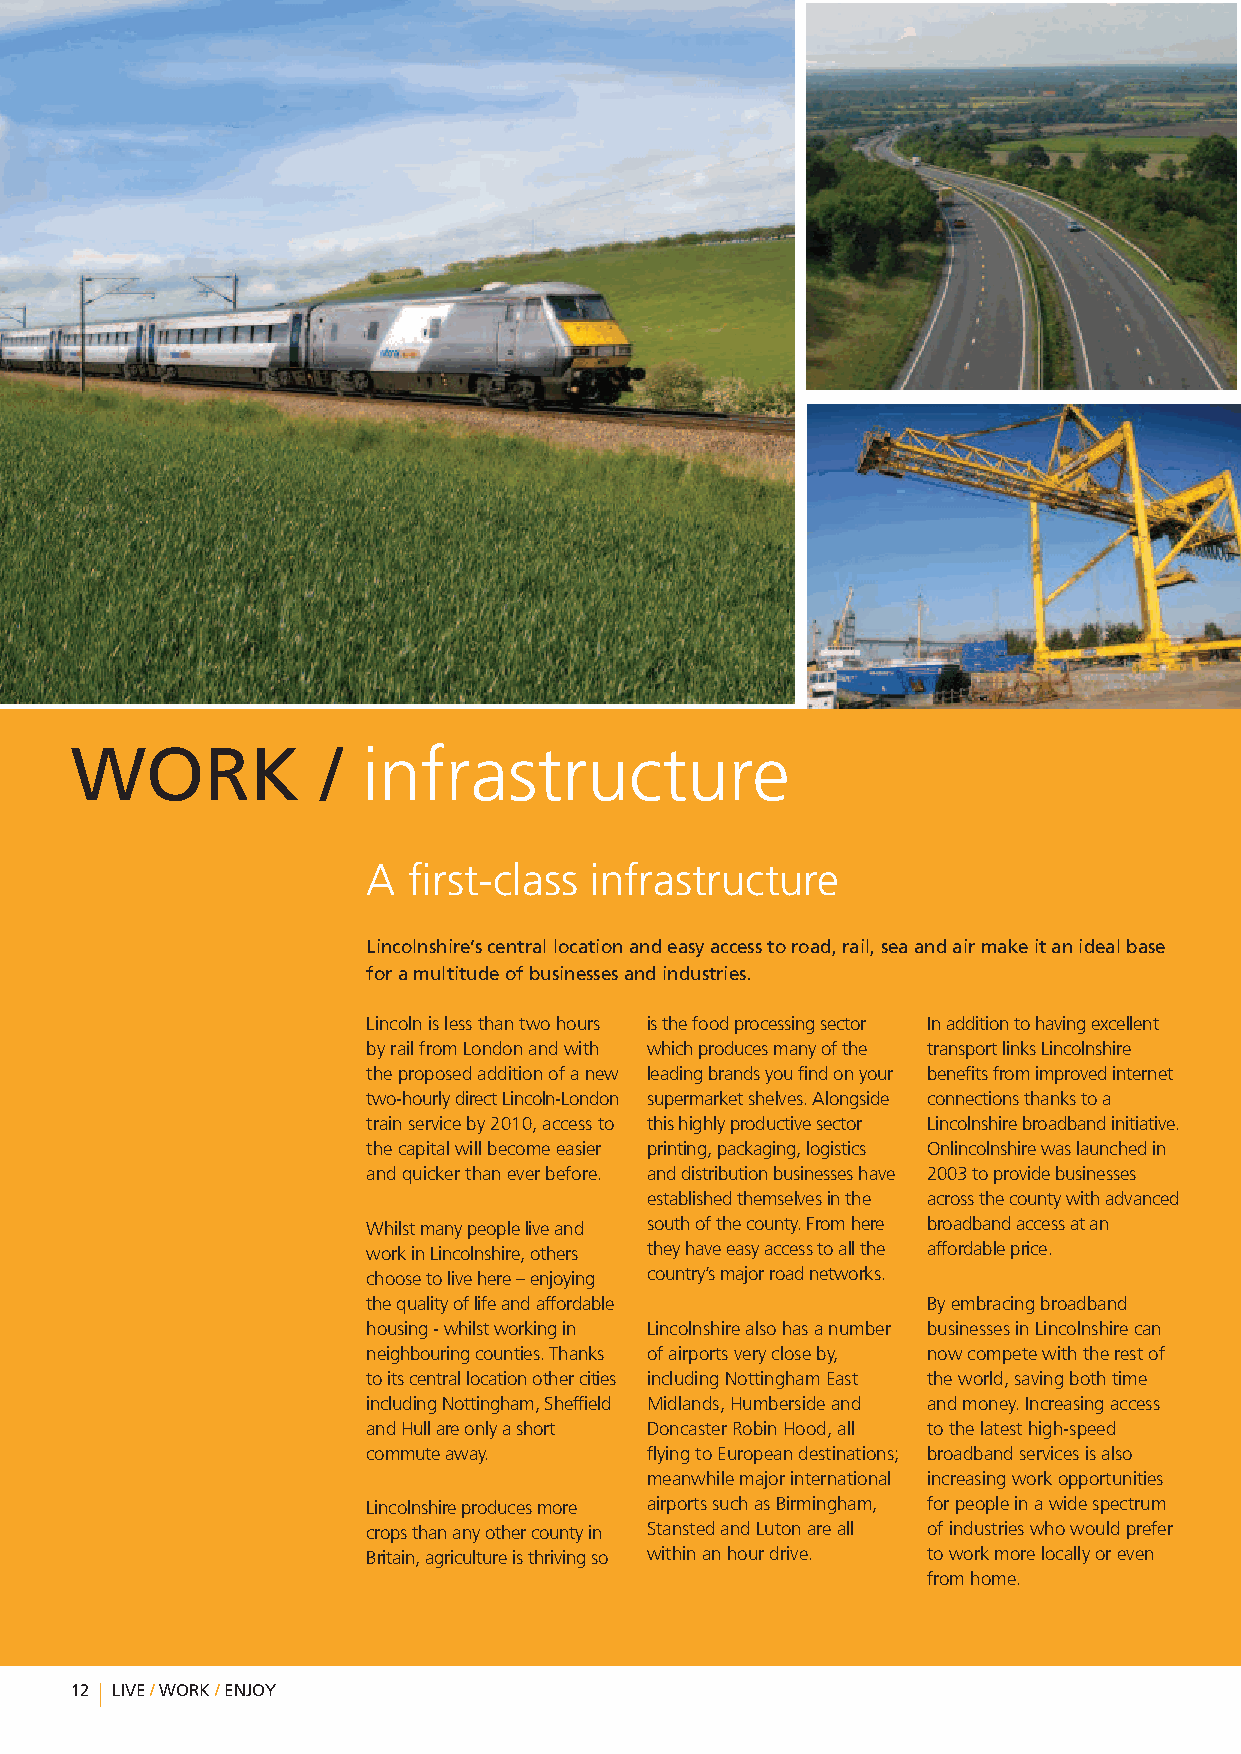
WORK            /  infrastructure
 A  first-class infrastructure
 Lincolnshire’scentrallocationandeasyaccesstoroad,rail,seaandairmakeitanidealbase
 foramultitudeofbusinessesandindustries.
 Lincolnislessthantwohours isthefoodprocessingsector Inadditiontohavingexcellent
 byrailfromLondonandwith whichproducesmanyofthe transportlinksLincolnshire
 theproposedadditionofanew leadingbrandsyoufindonyour benefitsfromimprovedinternet
 two-hourlydirectLincoln-London supermarketshelves.Alongside connectionsthankstoa
 trainserviceby2010,accessto thishighlyproductivesector Lincolnshirebroadbandinitiative.
 thecapitalwillbecomeeasier printing,packaging,logistics Onlincolnshirewaslaunchedin
 andquickerthaneverbefore. anddistributionbusinesseshave 2003toprovidebusinesses
 establishedthemselvesinthe acrossthecountywithadvanced
 Whilstmanypeopleliveand southofthecounty.Fromhere broadbandaccessatan
 workinLincolnshire,others theyhaveeasyaccesstoallthe affordableprice.
 choosetolivehere–enjoying country’smajorroadnetworks.
 thequalityoflifeandaffordable        Byembracingbroadband
 housing-whilstworkingin Lincolnshirealsohasanumber businessesinLincolnshirecan
 neighbouringcounties.Thanks ofairportsverycloseby, nowcompetewiththerestof
 toitscentrallocationothercities includingNottinghamEast theworld,savingbothtime
 includingNottingham,Sheffield Midlands,Humbersideand andmoney.Increasingaccess
 andHullareonlyashort DoncasterRobinHood,all tothelatesthigh-speed
 commuteaway.       flyingtoEuropeandestinations; broadbandservicesisalso
 meanwhilemajorinternational increasingworkopportunities
 Lincolnshireproducesmore airportssuchasBirmingham, forpeopleinawidespectrum
 cropsthananyothercountyin StanstedandLutonareall ofindustrieswhowouldprefer
 Britain,agricultureisthrivingso withinanhourdrive. toworkmorelocallyoreven
 fromhome.
 12 LIVE/WORK/ENJOY